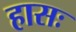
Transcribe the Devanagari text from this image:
हासः